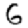
Digit: 6